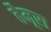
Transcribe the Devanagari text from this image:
तैमूरा